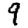
Digit: 9